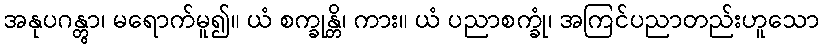
အနုပဂန္တွာ၊ မရောက်မူ၍။ ယံ စက္ခုန္တိ၊ ကား။ ယံ ပညာစက္ခုံ၊ အကြင်ပညာတည်းဟူသော